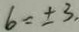
6 = \pm 3 ,